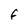
Character: F